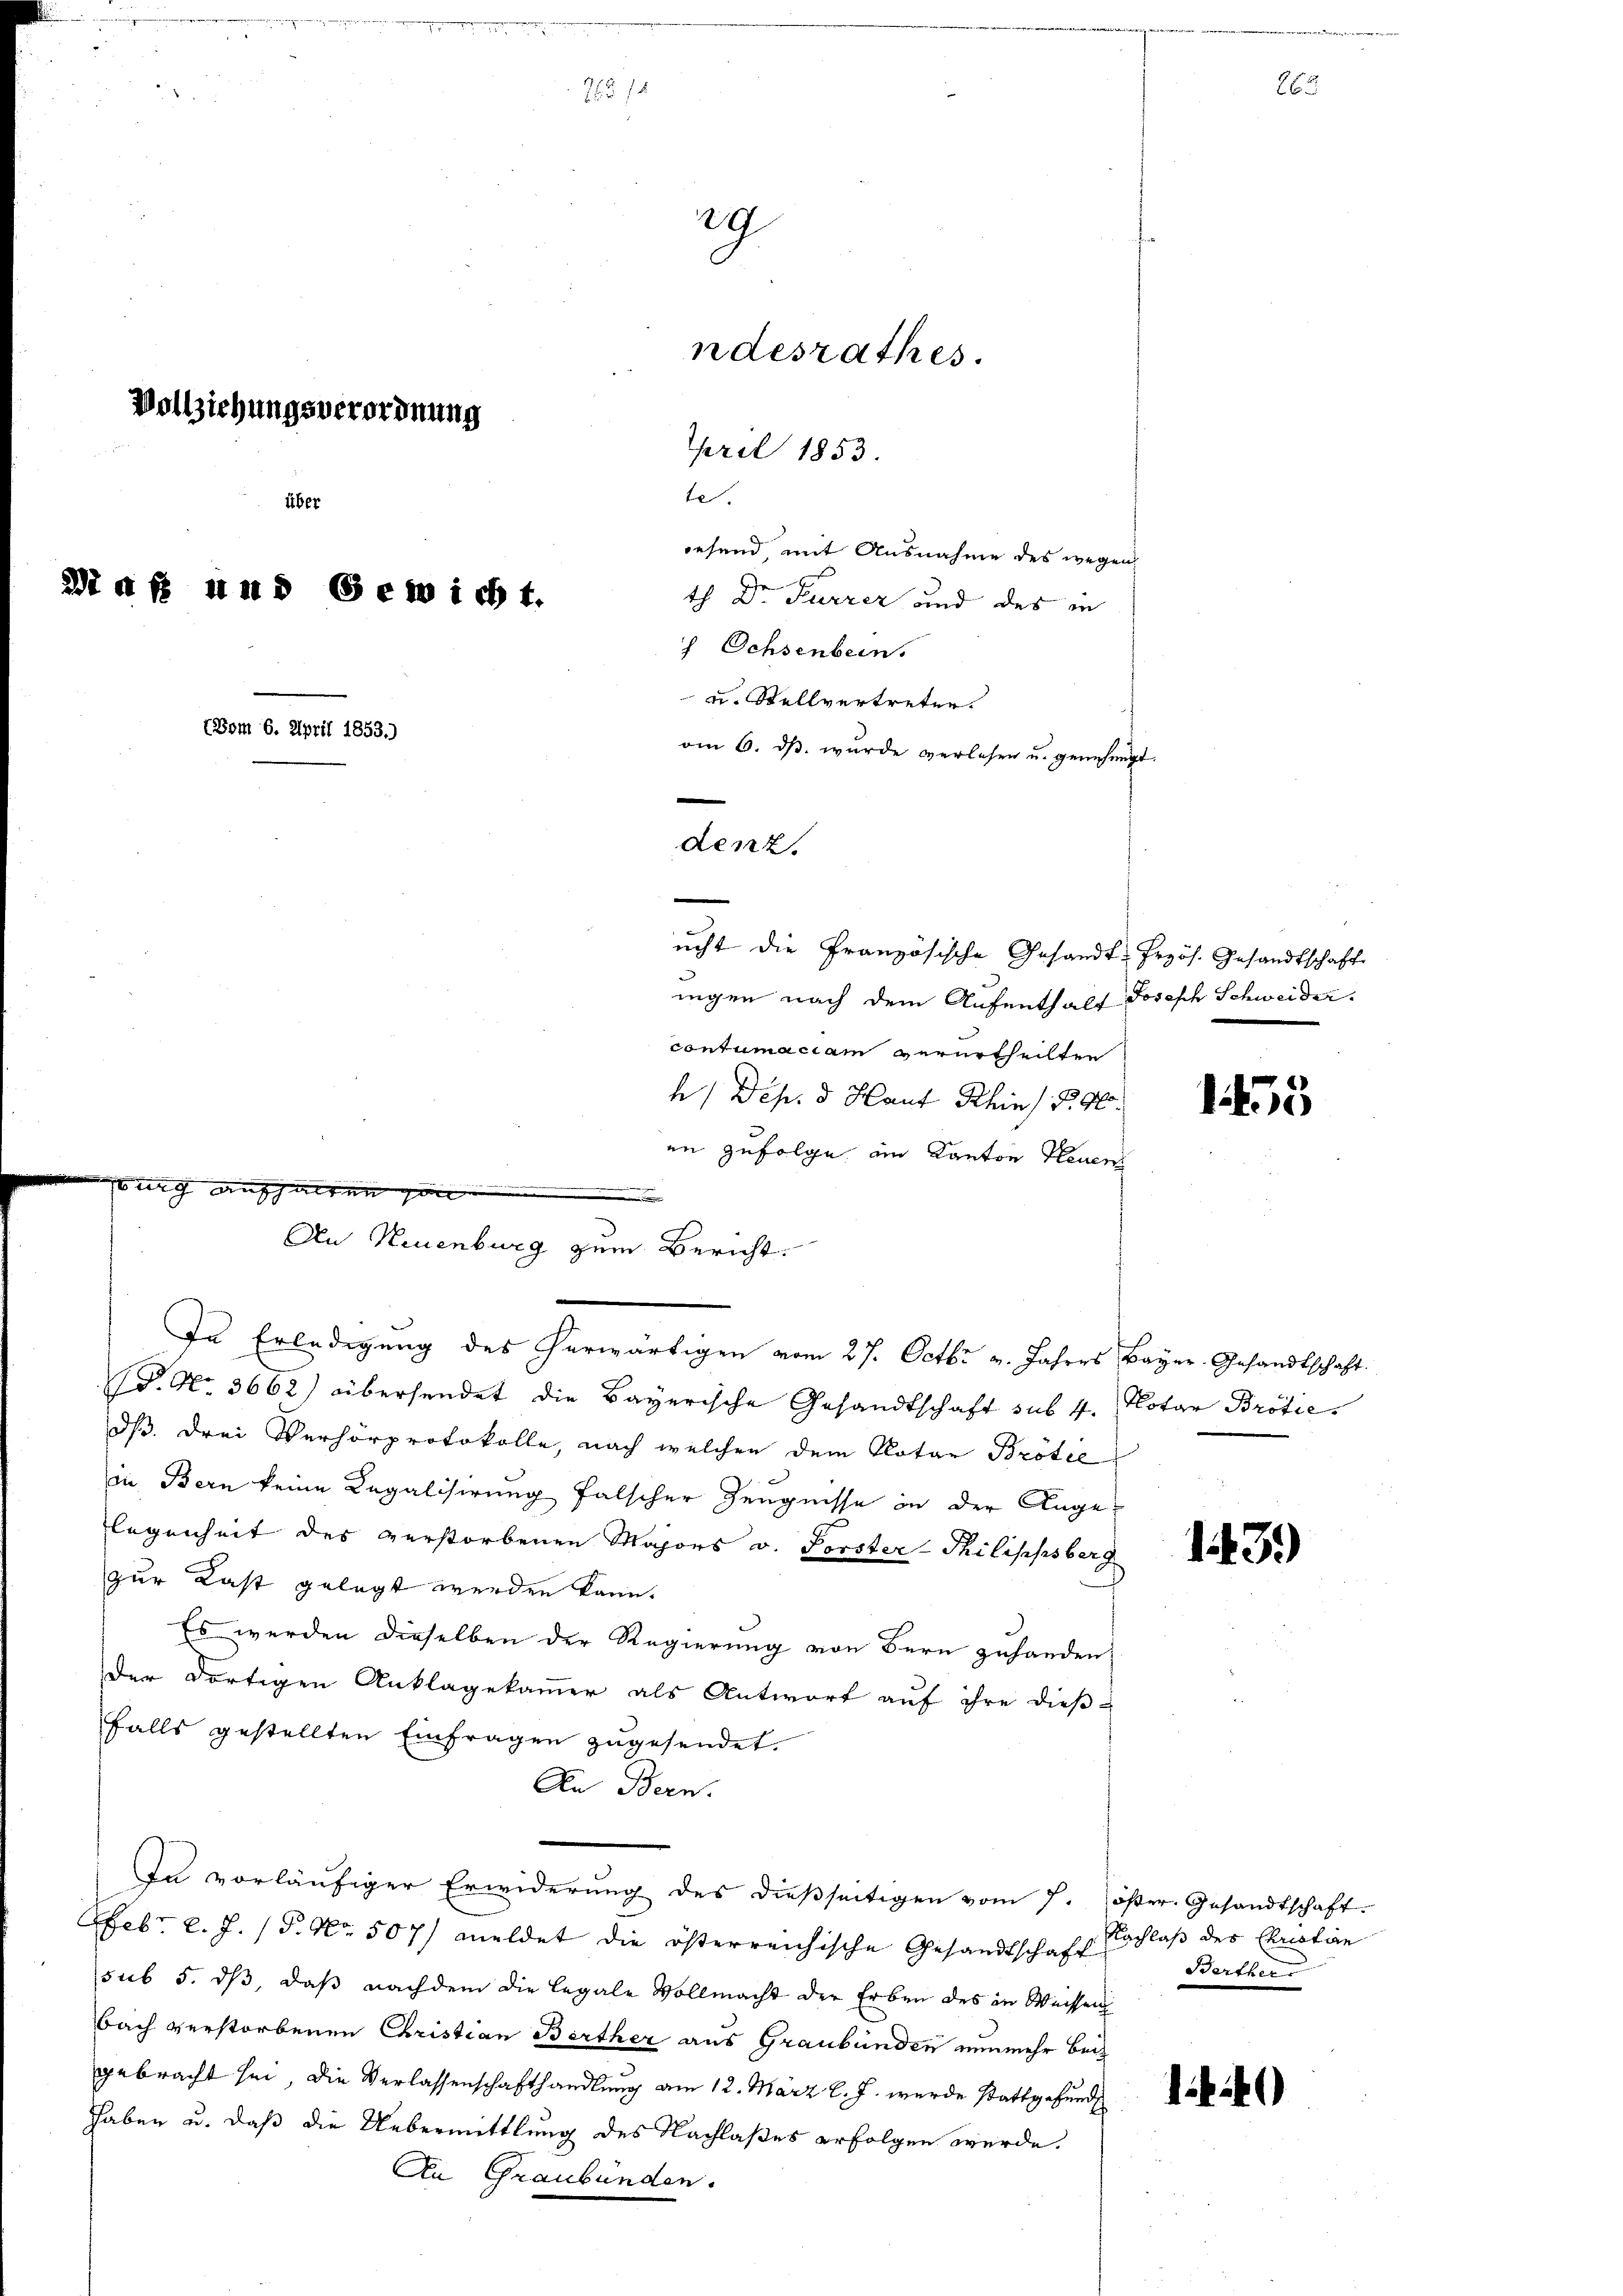
29
ndesrathes.
Vollichungsverordnung
pril 1853.
te.
über
2t d f und Gewicht.
 Ochsenbern.
u. Stellvertreten.
(Bom 6. April 1853.)
om 6. dβ. wurde verlesen u. genehmigt.
denz.
e
ucht die Französische Gesandt-Przös. Gesandtschaft
iigen nach dem Aufenthalt Joseph Schweider
contumaciam verurtheilten
h/ Deh. d. Haut Khin) S. 46.

in zufolge am Kanton Heuen
urg aushalten gan
An Neuenburg zum Bericht.
In Erledigung des herwärtigen vom 27. Octbr. v. Jahres

223

wesend, mit Ausnahme des wegen
th Dr Furrer und des in

. No. 3662) übersendet die Bayerische Gesandtschaft sub 4.
dβ. drei Verhörprotokolle, nach welchen dem Notar Brötce
in Bern keine Legalisirung falscher Zeugnisse in der Angelegenheit des verstorbenen Majors v. Forster-Thilippsberg
zur Last gelegt werden kann.
Es werden dieselben der Regierung von Bern zuhanden,
der dortigen Anklagekammer als Antwort auf ihre dießfalls gestellten Einfragen zugesendet.
An Bern.
In vorläŭfiger Erwiderŭng des dieβseitigen vom 7. öster. Gesandtschaft.
Febr. l. J. (T. No. 507) meldet die österreichische Gesandtschaft
sub 5. dß, daß nachdem die Legale Vollmacht der Erben des in Weissen
bach verstorbenen Christian Berther aus Graubünden nunmehr beigebracht sei, die Verlassenschafthandlung am 12. März l. J. wurde stattgefund
hhaben u. daß die Uebermittlung des Nachlaßes erfolgen werde.
An Graubünden.

Baÿer Gesandtschaft.
Notar Brotie.

1439)

Nachlaß des Christian
Berther

14)

155